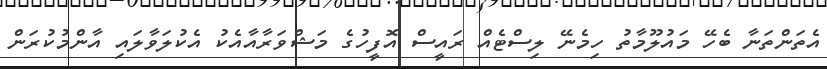
އެތަންތަނާ ބެހޭ މައުލޫމާތު ހިމެނޭ ލިސްޓެއް ރައީސް އޮފީހުގެ މަޝްވަރާއާއެކު އެކުލަވާލައި އާންމުކުރަން